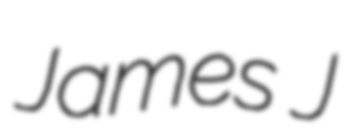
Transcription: James J